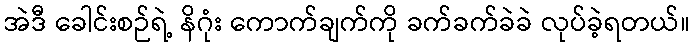
အဲဒီ ခေါင်းစဉ်ရဲ့ နိဂုံး ကောက်ချက်ကို ခက်ခက်ခဲခဲ လုပ်ခဲ့ရတယ်။